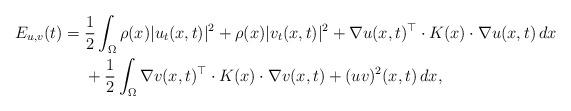
LaTeX: \begin{align*}E_{u,v}(t)= {} & \frac{1}{2}\int_\Omega \rho(x)| u_t(x,t)|^2+\rho(x)|v_t(x,t)|^2 + \nabla u(x,t)^{\top} \cdot K(x) \cdot\nabla u(x,t) \,dx \\& {} +{} \frac{1}{2}\int_{\Omega}\nabla v(x,t)^{\top} \cdot K(x) \cdot\nabla v(x,t)+ (uv)^2(x,t) \,dx,\end{align*}